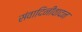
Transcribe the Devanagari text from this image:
संवादिनीवादन